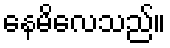
နေမိလေသည်။